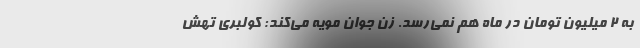
به 2 ميليون تومان در ماه هم نمي‌رسد. زن جوان مويه مي‌كند: كولبري تهش